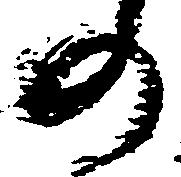
の